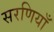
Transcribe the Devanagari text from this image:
सरणियाँ